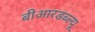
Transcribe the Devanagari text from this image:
बीआरडब्ल्यू